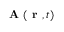
\textbf { A } ( \textbf { r } , t )